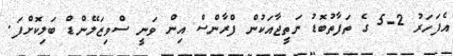
އެފަހަރު 2-5 ގެ ތަފާތުބޮޑު ނަތީޖާއަކުން ފްރާންސް އިން ވަނީ ސްވިޒަލޭންޑް ބަލިކޮށްފަ.